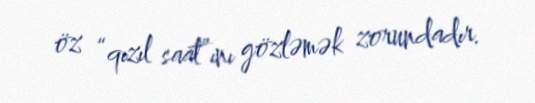
öz “qızıl saat”ını gözləmək zorundadır.